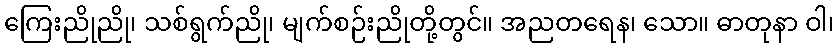
ကြေးညိုညို၊ သစ်ရွက်ညို၊ မျက်စဉ်းညိုတို့တွင်။ အညတရေန၊ သော။ ဓာတုနာ ဝါ၊